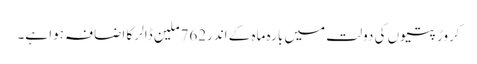
کروڑ پتیوں کی دولت میں بارہ ماہ کے اندر762ملین ڈالر کا اضافہ ہوا ہے۔